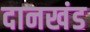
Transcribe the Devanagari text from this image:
दानखंड